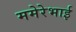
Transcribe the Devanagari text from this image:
ममेरेभाई